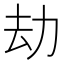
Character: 劫